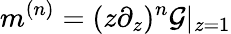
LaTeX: m^{(n)}=(z\partial_{z})^{n}\mathcal{G}|_{z=1}